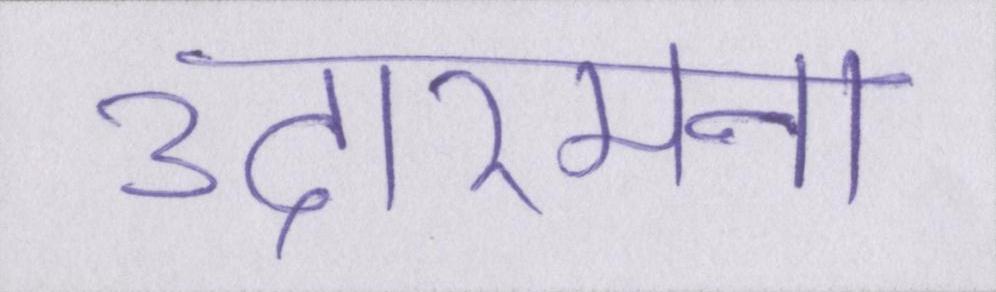
उदारमना